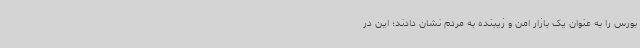
بورس را به عنوان یک بازار امن و زیبنده به مردم نشان دادند؛ این در